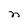
Character: n